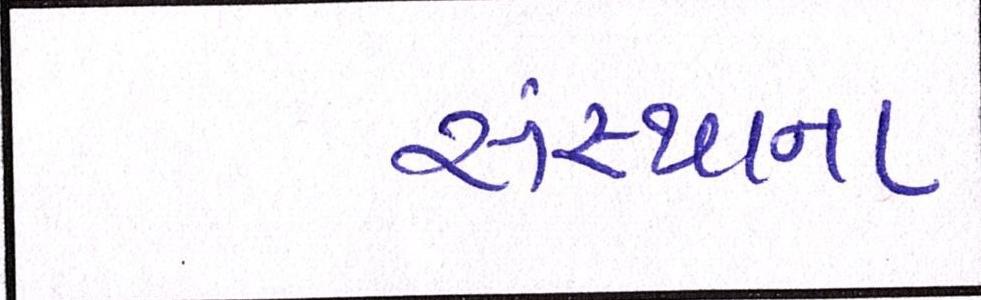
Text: સંસ્થાના